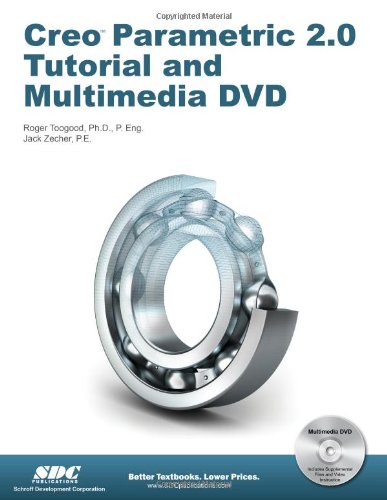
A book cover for Creo Parametric 2.0 Tutorial (Book & DVD); Roger Toogood; Engineering & Transportation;